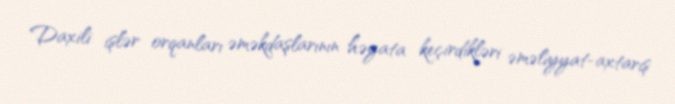
Daxili işlər orqanları əməkdaşlarının həyata keçirdikləri əməliyyat-axtarış